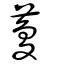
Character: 藑